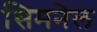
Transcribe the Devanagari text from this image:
सिमनेल